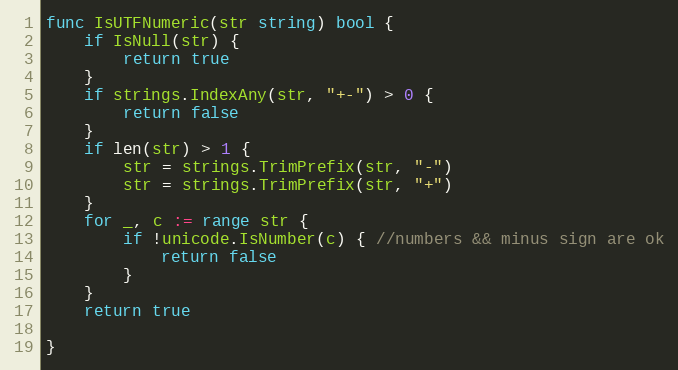
Language: Go
func IsUTFNumeric(str string) bool {
	if IsNull(str) {
		return true
	}
	if strings.IndexAny(str, "+-") > 0 {
		return false
	}
	if len(str) > 1 {
		str = strings.TrimPrefix(str, "-")
		str = strings.TrimPrefix(str, "+")
	}
	for _, c := range str {
		if !unicode.IsNumber(c) { //numbers && minus sign are ok
			return false
		}
	}
	return true

}